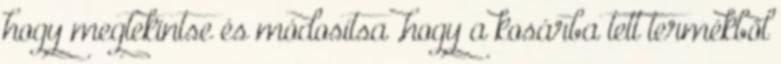
hogy megtekintse és módosítsa ,hogy a kosárba tett termékből